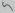
Text: 5